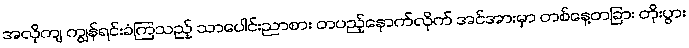
အလိုကျ ကျွန်ရင်းခံကြသည့် သာပေါင်းညာစား တပည့်နောက်လိုက် အင်အားမှာ တစ်နေ့တခြား တိုးပွား